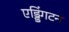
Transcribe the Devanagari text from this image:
एड्डिंगटन